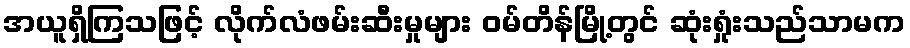
အယူရှိကြသဖြင့် လိုက်လံဖမ်းဆီးမှုများ ဝမ်တိန်မြို့တွင် ဆုံးရှုံးသည်သာမက